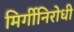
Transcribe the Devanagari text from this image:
मिर्गीनिरोधी